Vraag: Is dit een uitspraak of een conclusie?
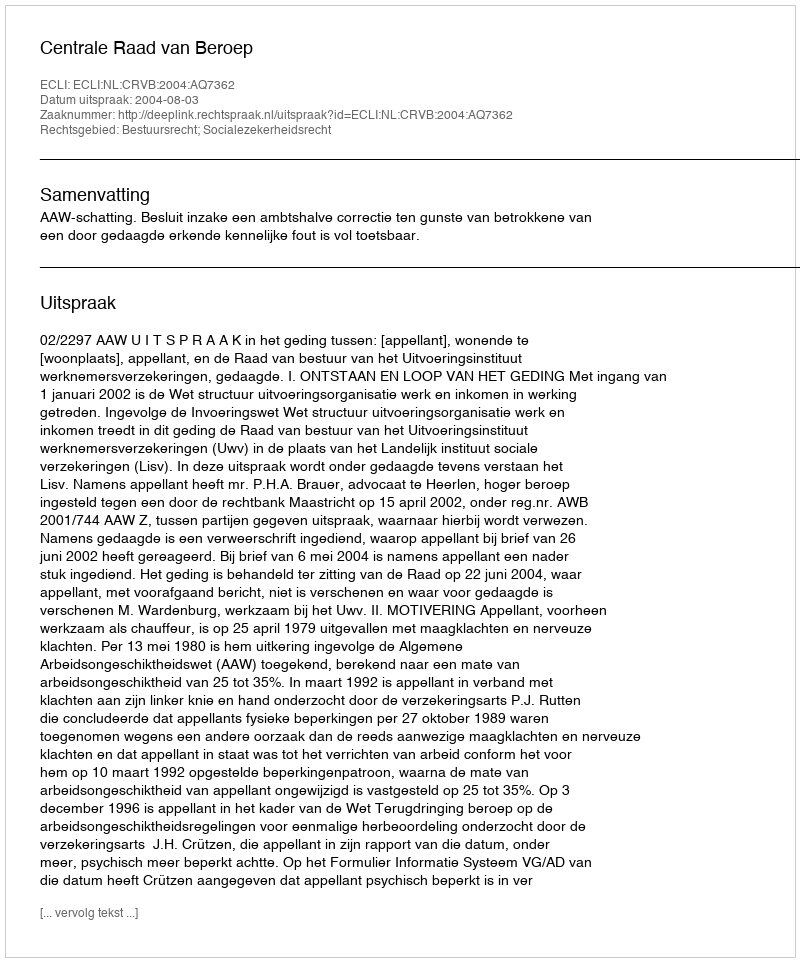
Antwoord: Uitspraak